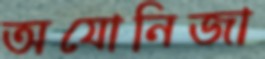
অযোনিজা